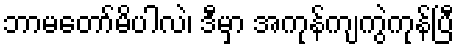
ဘာမတော်မိပါလဲ၊ ဒီမှာ အကုန်ကျကွဲကုန်ပြီ